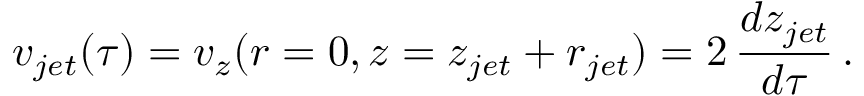
v _ { j e t } ( \tau ) = v _ { z } ( r = 0 , z = z _ { j e t } + r _ { j e t } ) = 2 \, \frac { d z _ { j e t } } { d \tau } \, .